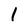
Character: 1